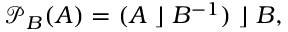
{ \mathcal { P } } _ { B } ( A ) = ( A \; \rfloor \; B ^ { - 1 } ) \; \rfloor \; B ,